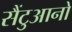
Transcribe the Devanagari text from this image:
सैंटुआनो